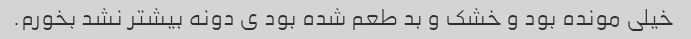
خیلی مونده بود و خشک و بد طعم شده بود ی دونه بیشتر نشد بخورم.